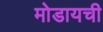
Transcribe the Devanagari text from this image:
मोडायची